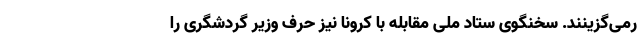
رمی‌گزینند. سخنگوی ستاد ملی مقابله با کرونا نیز حرف وزیر گردشگری را